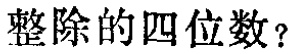
整除的四位数？